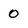
Character: 0